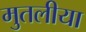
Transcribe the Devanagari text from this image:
मुतलीया